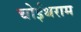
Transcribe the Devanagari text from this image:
चोईथराम